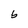
Character: b